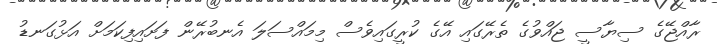
ރާއްޖޭގެ ސިޔާސީ ޖައްވުގެ ތެރޭގައި އޭގެ ކުރީގައިވެސް މިމައްސަލަ އެނބުރޭން ފަށައިފިކަމަށް އަޅުގަނޑު